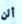
ألن